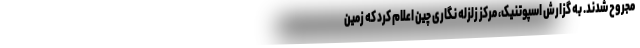
مجروح شدند. به گزارش اسپوتنیک، مرکز زلزله نگاری چین اعلام کرد که زمین